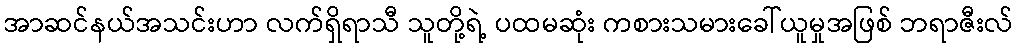
အာဆင်နယ်အသင်းဟာ လက်ရှိရာသီ သူတို့ရဲ့ ပထမဆုံး ကစားသမားခေါ်ယူမှုအဖြစ် ဘရာဇီးလ်